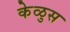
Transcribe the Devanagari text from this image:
केळुस